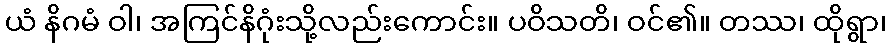
ယံ နိဂမံ ဝါ၊ အကြင်နိဂုံးသို့လည်းကောင်း။ ပဝိသတိ၊ ဝင်၏။ တဿ၊ ထိုရွာ၊